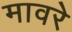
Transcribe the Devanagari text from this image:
मावरे